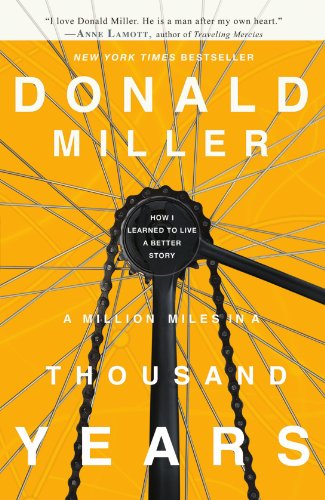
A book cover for A Million Miles in a Thousand Years: How I Learned to Live a Better Story; Donald Miller; Biographies & Memoirs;